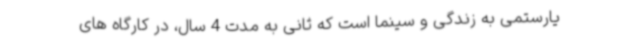
یارستمی به زندگی و سینما است که ثانی به مدت 4 سال، در کارگاه های